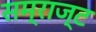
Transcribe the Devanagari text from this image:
सम्राज्ट